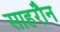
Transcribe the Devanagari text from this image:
साहरौन